Bréfritari: Ásgeir Tryggvi Friðgeirsson
Viðtakandi: Einar Friðgeirsson
Dagsetning: A-1890-06-28
Skrifað á: Borgarnesi  Mýr.
Ásgeir er bróðir Einars

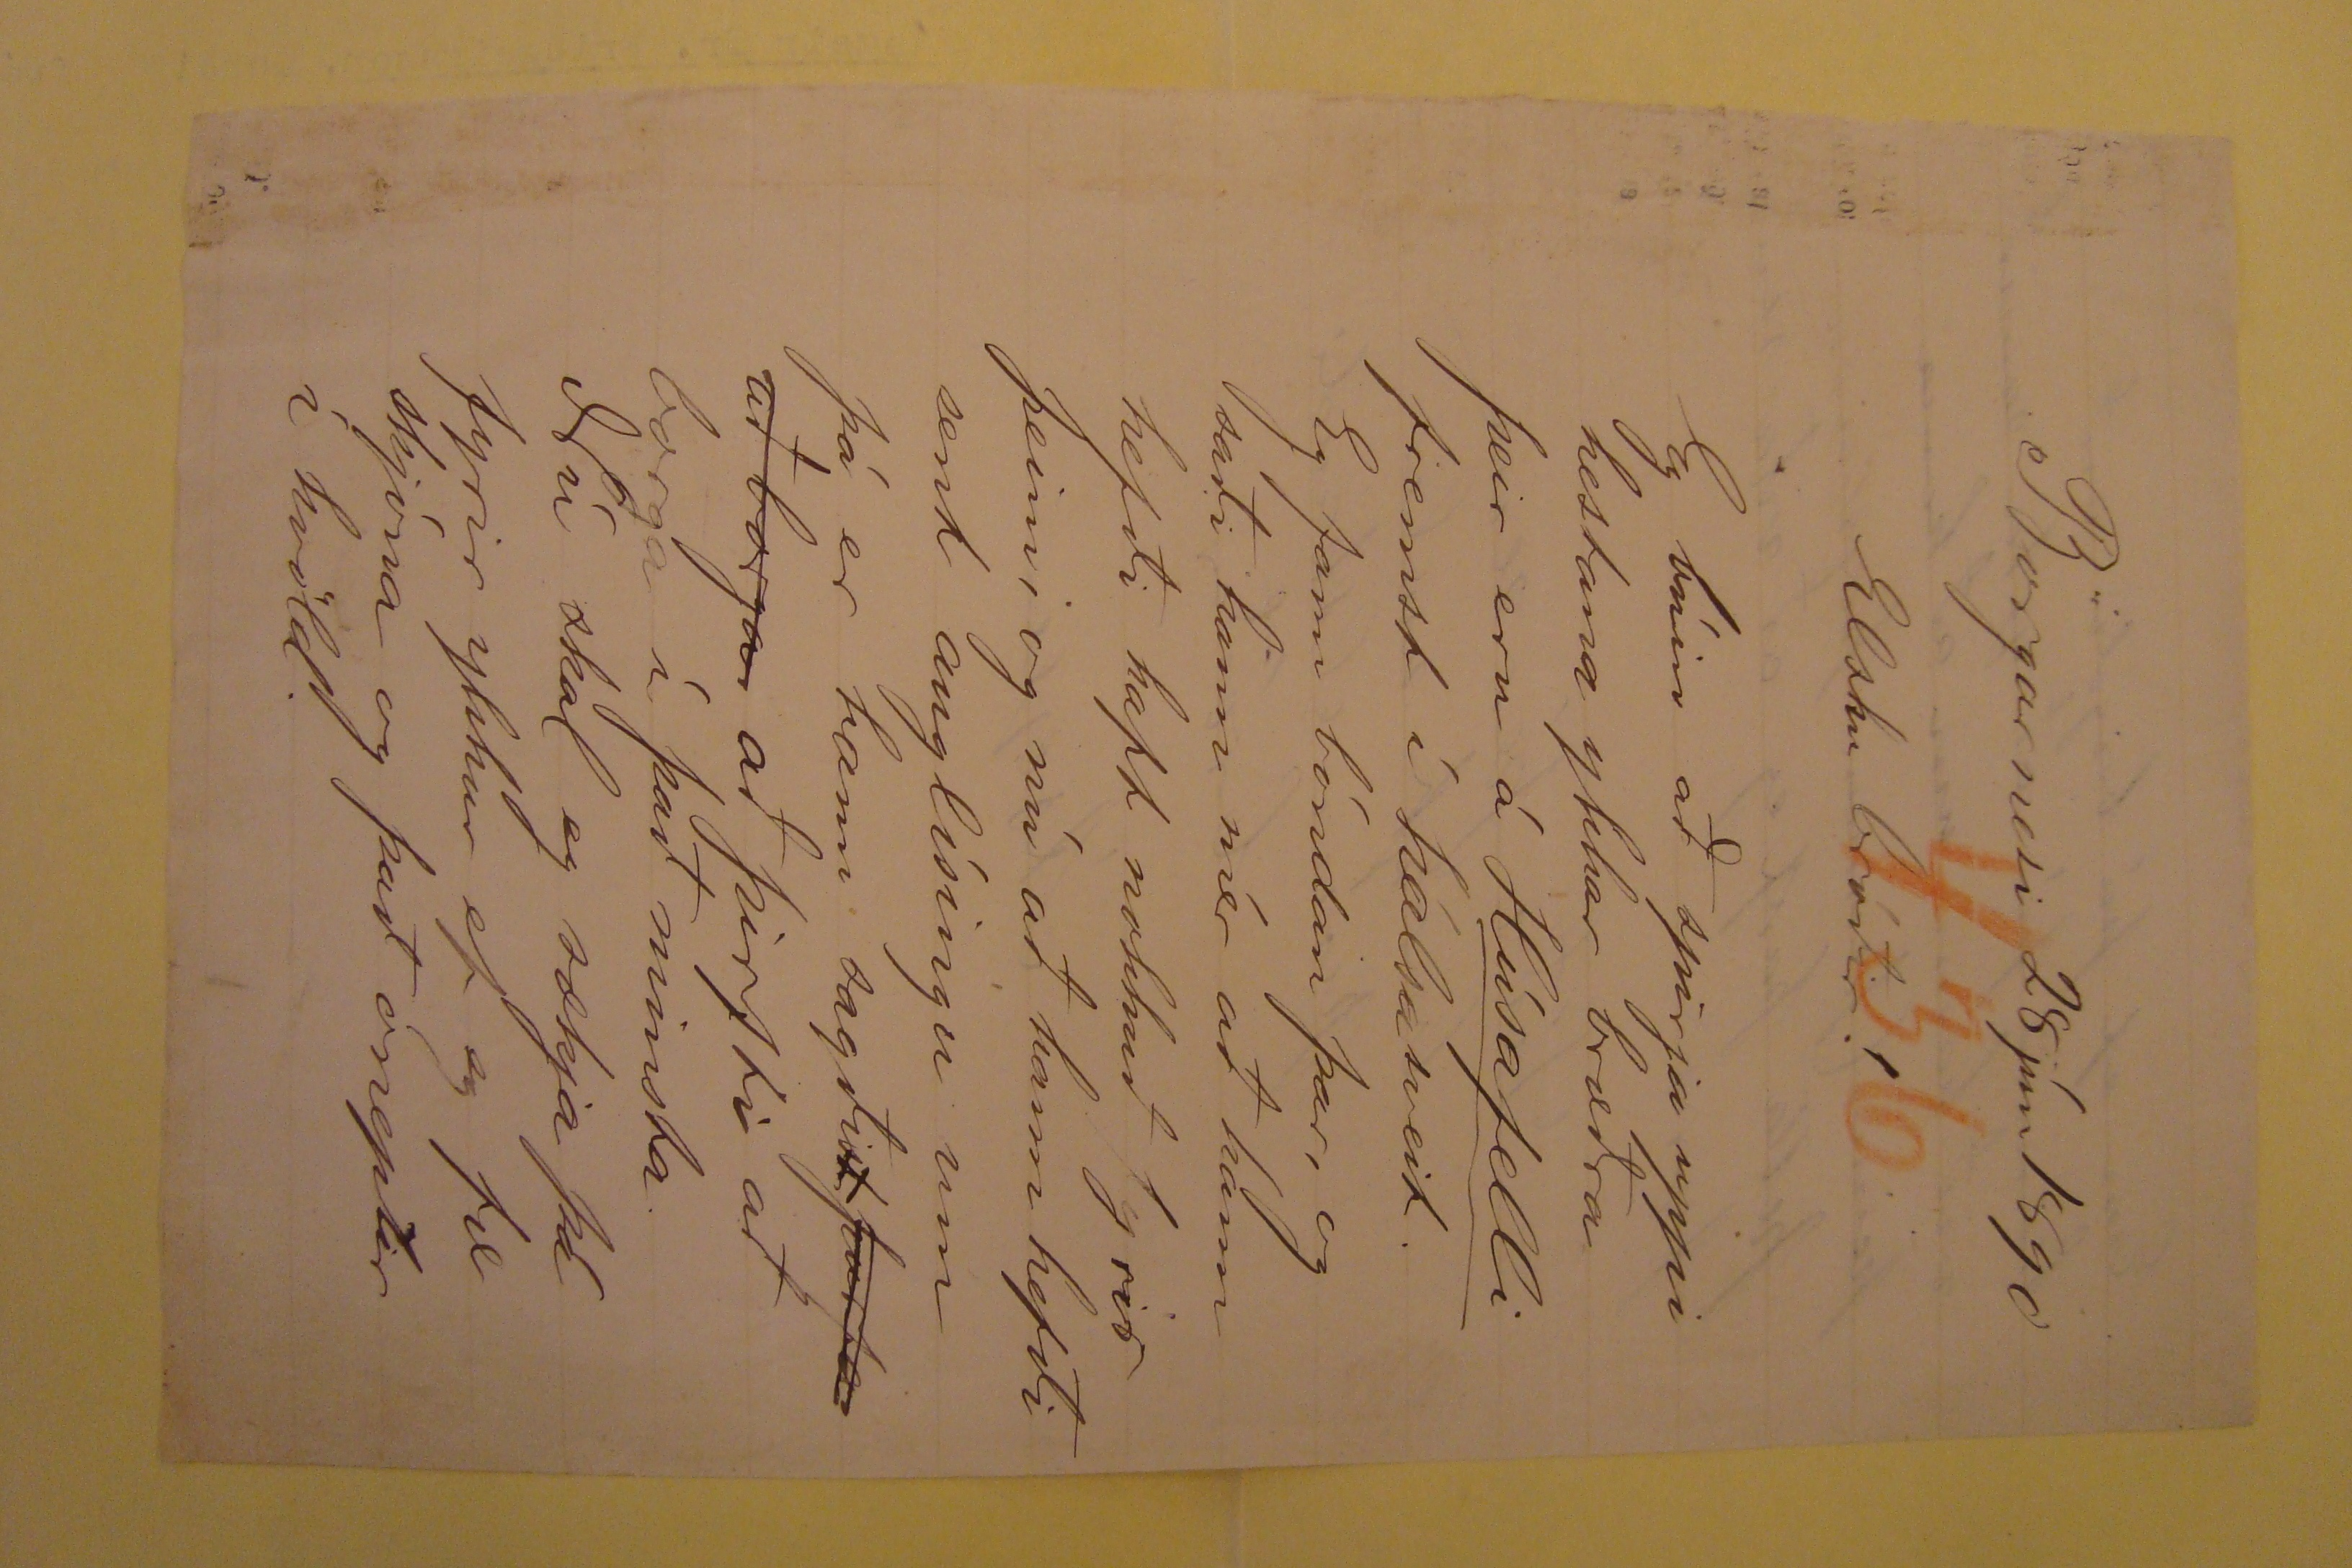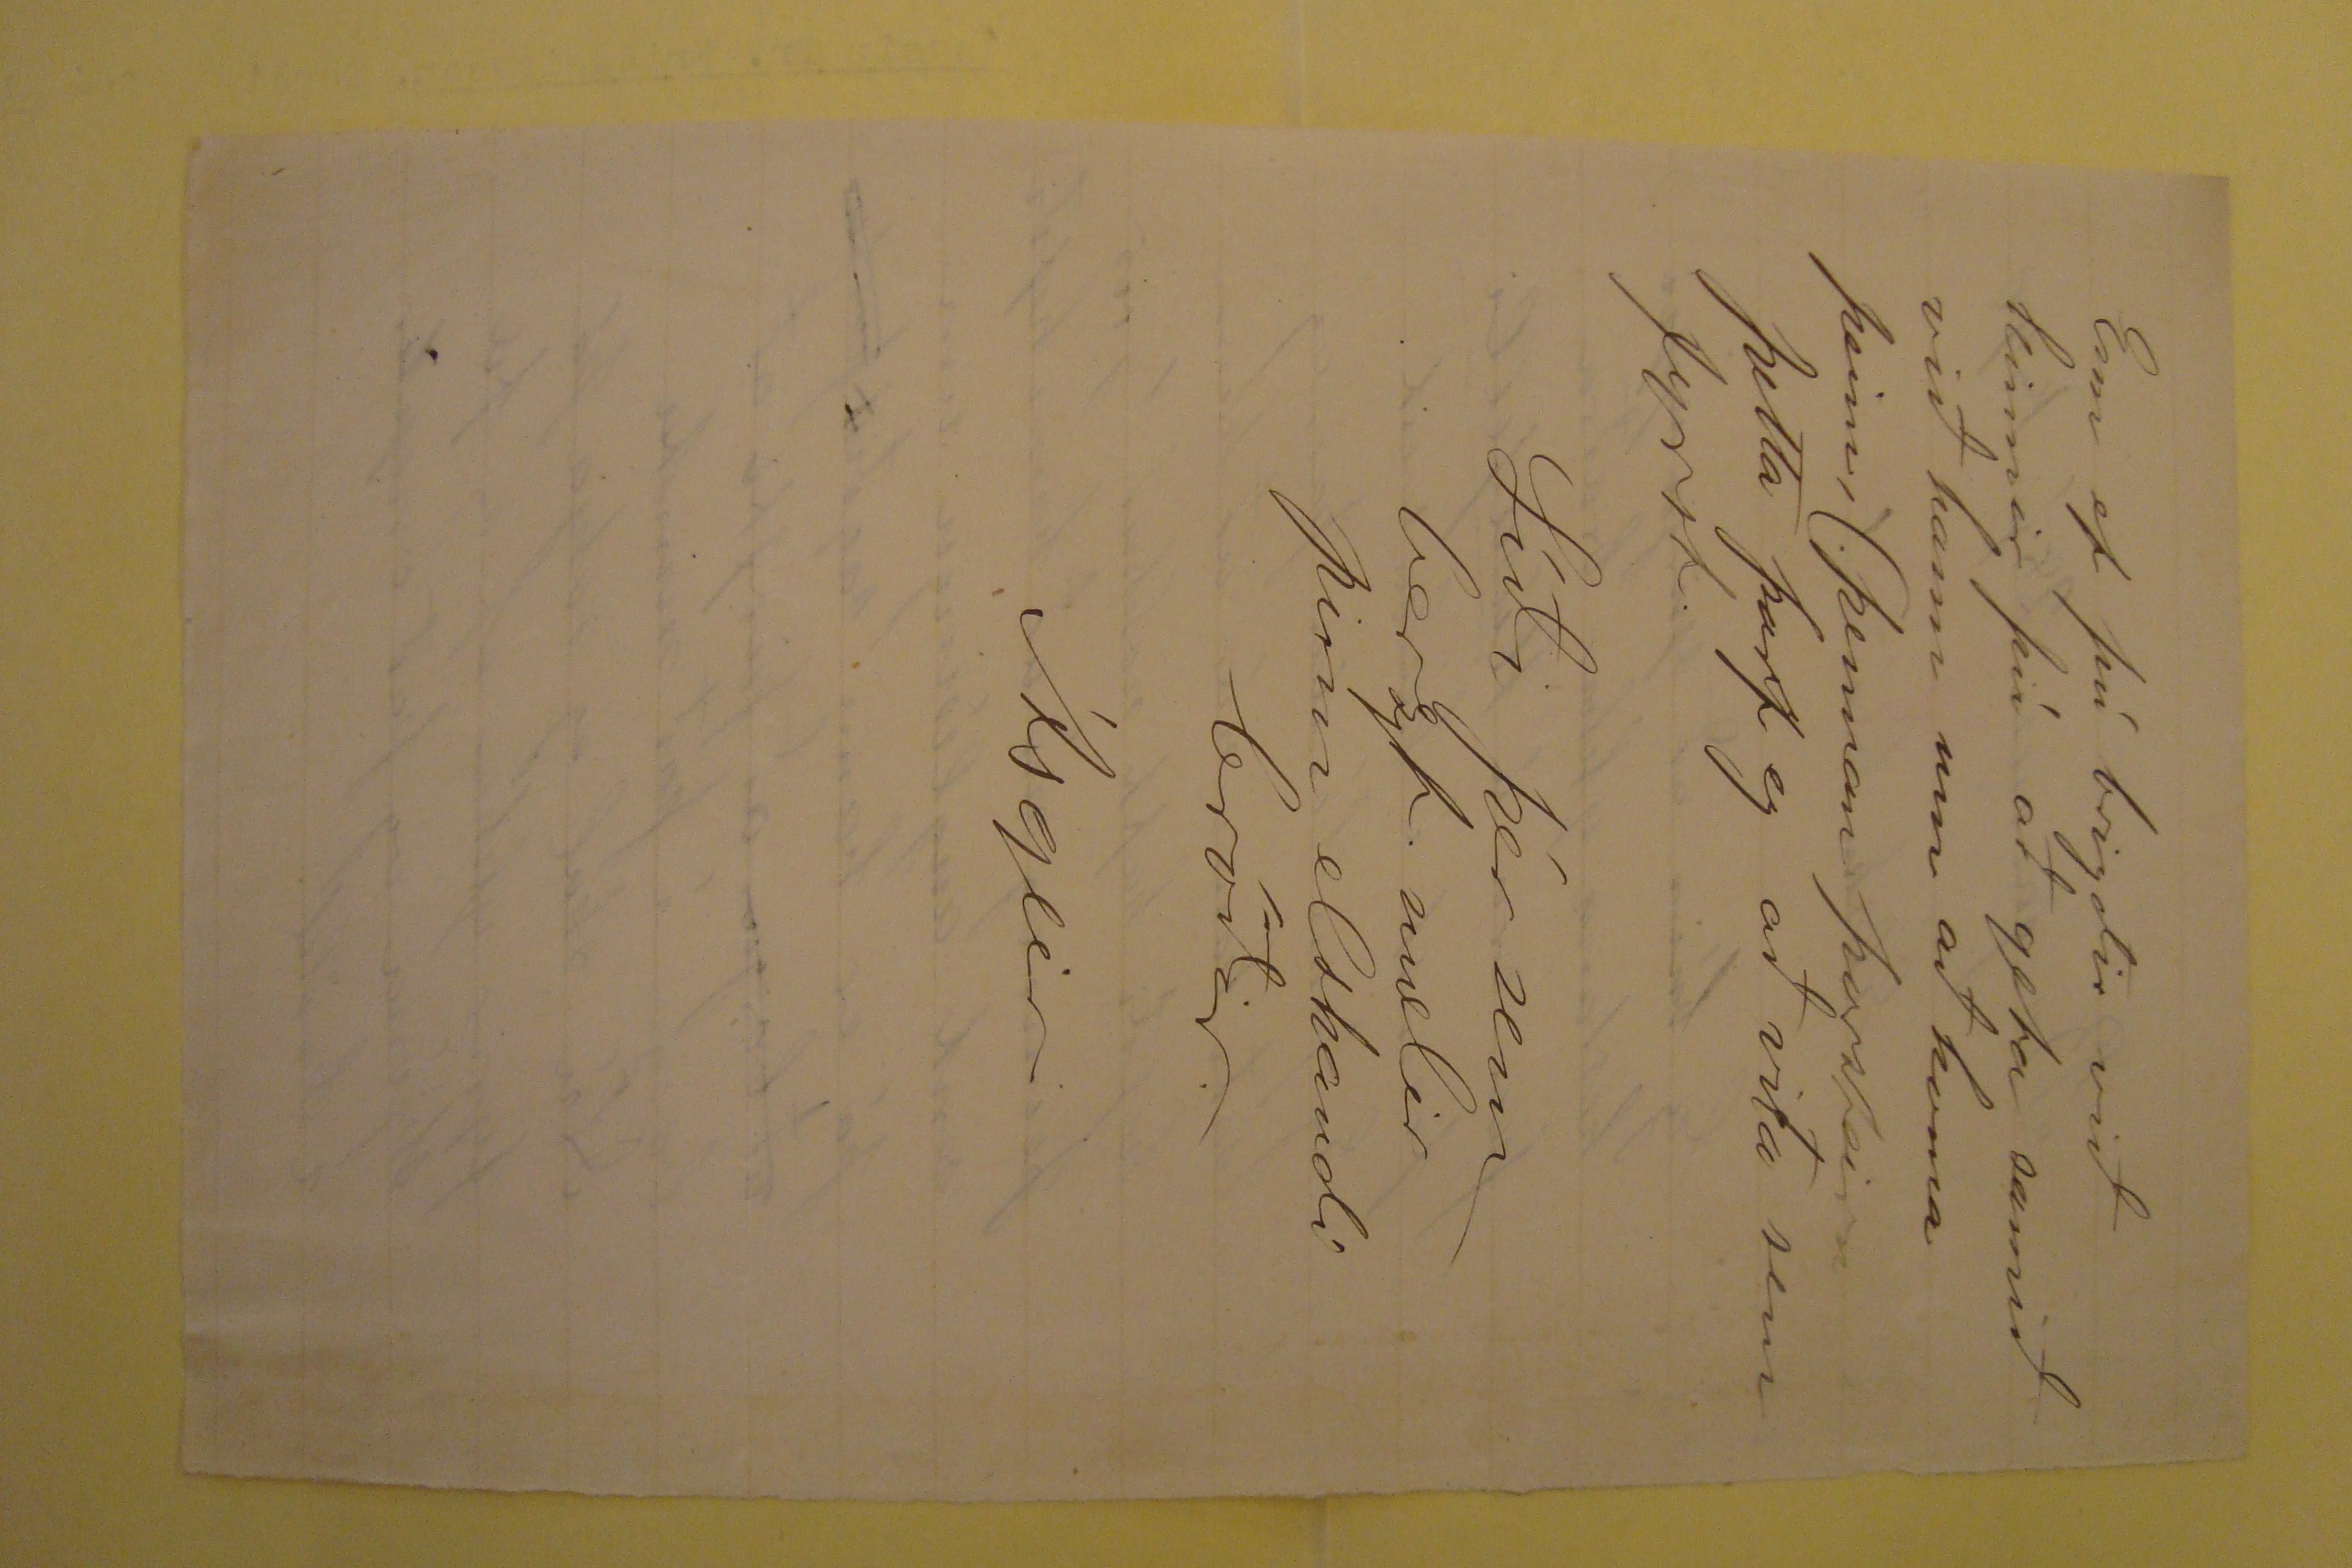

Borgarnesi 28jún1890
Elsku bróðir!
Eg búin að spirja uppi hestana ykkar bræðra þeir eru á
Húsafelli
fremst í hálsasveit. Eg fann bóndan þar, og saði hann mér að hann
hefði haft nokkuð fyrir þeim, og nú að hann hefði sent auglísingu um þá er hann sagði
st þurfa að borga
að þirfti að
borga í það minsta. Nú skal eg sækja þá fyrir ykkur ef eg fæ skjóna og það óneptir í kvöld.
Enn ef þú brigðir við kinnir þú að geta samið við hann um að koma þeim, (.þennan Þorsteirn ÞEtta þarf eg að vita sem fyrst.
Líði þér sem berzt. mælir þinn elskandi bróðir.
Ásgeir